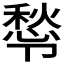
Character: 𭅿